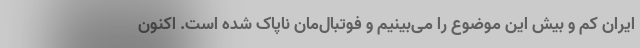
ایران کم و بیش این موضوع را می‌بینیم و فوتبال‌مان ناپاک شده است. اکنون